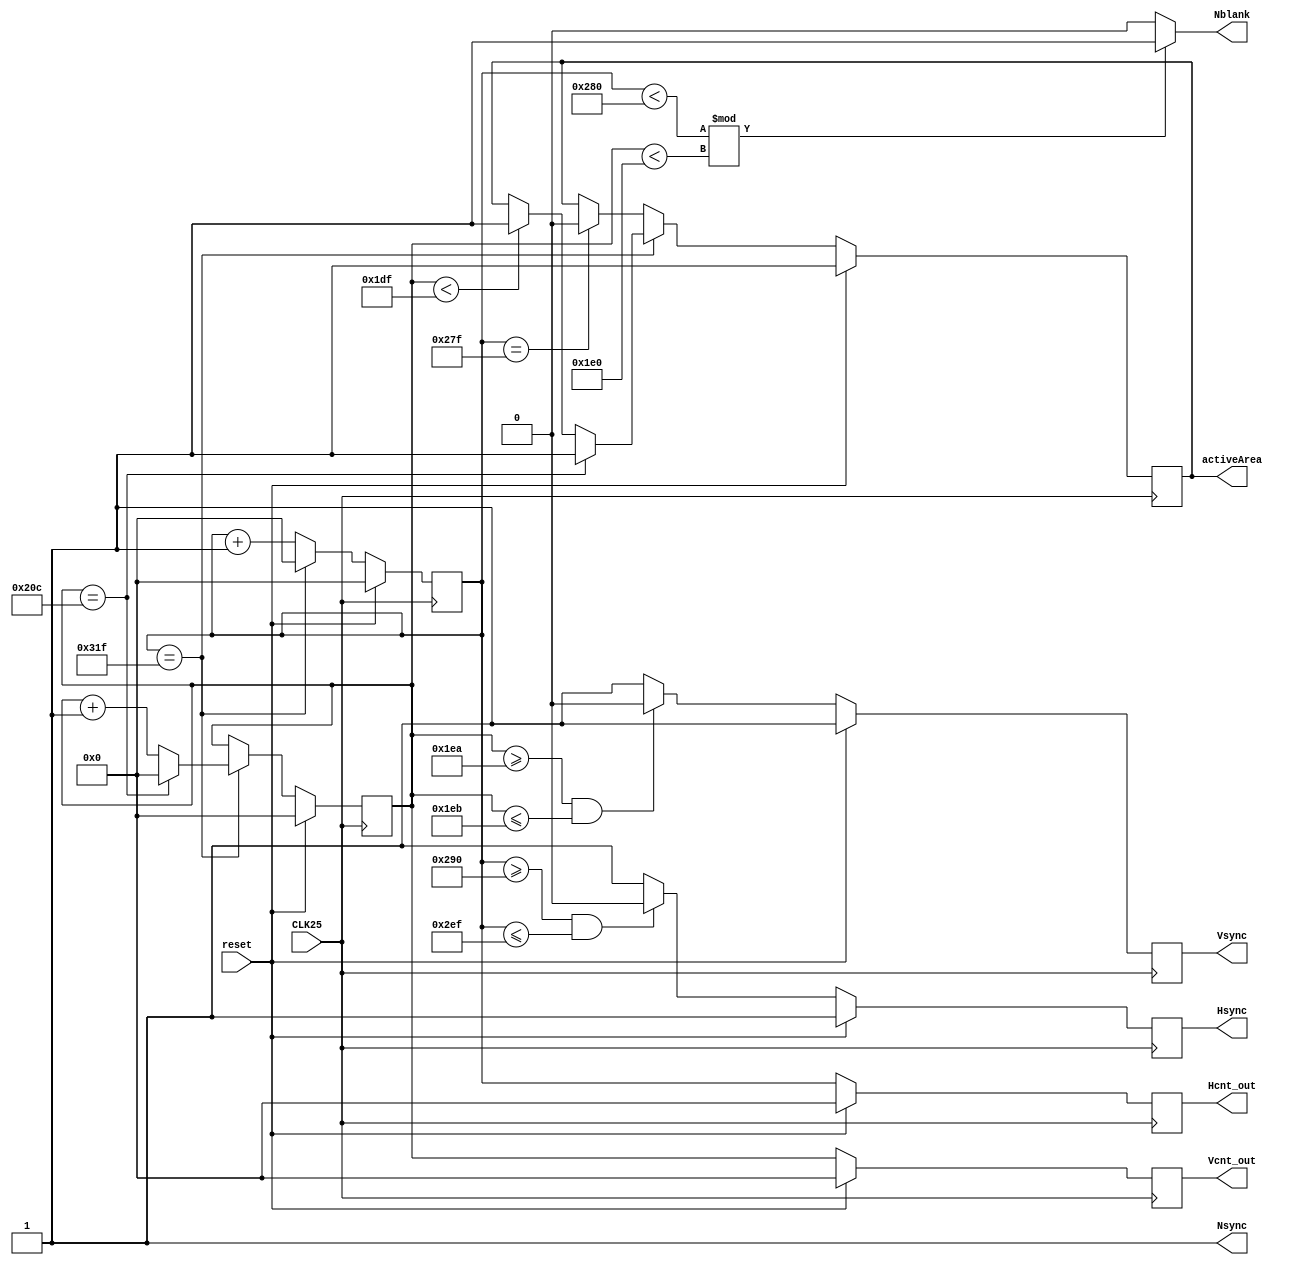
//////////////////////////////////////////////////////////////////////////////////
// Company: Akademia Grniczo-Hutnicza w Krakowie
// rdo moduu: https://www.fpga4student.com/2018/08/basys-3-fpga-ov7670-camera.html
// Tumaczone z jzyka vhdl i przerabiane do poprawnego dziaania
// Project Name: Ardudido
// Tool Versions: Vivado 2017.3
//////////////////////////////////////////////////////////////////////////////////

module VGA (
input wire CLK25,
input wire reset, 
output reg Hsync,
output reg Vsync, 
output wire Nblank, 
output reg activeArea, 
output wire Nsync,
output reg [10:0] Hcnt_out,
output reg [10:0] Vcnt_out
);

	
	reg[10:0] Hcnt = 11'b0000000000;
    reg[10:0] Vcnt = 11'b1000001000;
        
	wire video;
	
	parameter HM = 799;
	parameter HD = 640;
	parameter HF = 16;
	parameter HB = 48;
	parameter HR = 96;
	parameter VM = 524;
	parameter VD = 480;
	parameter VF = 10;
	parameter VB = 33;
	parameter VR = 2;
	
	always @(posedge CLK25)
	begin
		if (reset ==1'b1) begin
			Hcnt<=11'b00000000000;
			Vcnt <= 11'b00000000000;
			activeArea<=1'b1;
		end 
		else begin
		if(Hcnt == HM)
		begin
		
			Hcnt <= 11'b00000000000;
			if(Vcnt == VM)
			begin
				Vcnt <= 11'b00000000000;
				activeArea <= 1'b1;
			end
			else
			begin
                if( Vcnt < 480 - 1)
                begin 
                    activeArea <= 1'b1;
                end
			    Vcnt <= Vcnt + 1;
			end 
		end
		else
		begin
            if(Hcnt == 640 - 1)
            begin
                activeArea <= 1'b0;
            end
            Hcnt<=Hcnt+1;
        end
	end
	end
	
	always @(posedge CLK25)
	begin
	
		if(reset == 1'b1) begin
			Hsync<=1'b1;
		end
		else begin
		if(Hcnt>=(HD+HF) & Hcnt <= (HD + HF + HR - 1))
		begin
			Hsync <= 1'b0;
		end
		else
		begin
			Hsync <= 1'b1;
		end
	end
	end
	
	
	always @(posedge CLK25)
	begin
		if(reset == 1'b1)begin
			Vsync <=1'b1;
		end
		else begin
		if(Vcnt >= (VD+VF) & Vcnt <= (VD +VF +VR - 1))
		begin
			Vsync <= 1'b0;
		end
		else
		begin
			Vsync <= 1'b1;
		end
	end
	end
	
	always @(posedge CLK25)
	begin
	   if(reset == 1'b1)begin
            Hcnt_out <=11'd0;
            Vcnt_out <= 11'd0;
       end else begin
            Hcnt_out <= Hcnt;
            Vcnt_out <= Vcnt;
       end
	end
	
	assign Nsync = 1'b1;
	assign video = ((Hcnt<HD) % (Vcnt <VD)) ? 1'b1 : 1'b0;
	assign Nblank = video;
endmodule